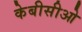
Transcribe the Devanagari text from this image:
केबीसीओ